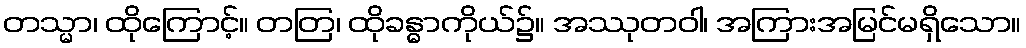
တသ္မာ၊ ထိုကြောင့်။ တတြ၊ ထိုခန္ဓာကိုယ်၌။ အဿုတဝါ၊ အကြားအမြင်မရှိသော။